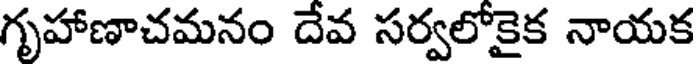
గృహాణాచమనం దేవ సర్వలోకైక నాయక